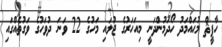
ހާފީޘް މުޙައްމަދު ހޯދަމުންދަނީ މިއަހަރުގެ ޖުލައި މަހުގެ 22 ވަނަ ދުވަހުގެ ވަގުތެއްގައި